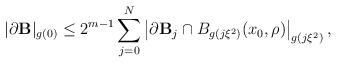
LaTeX: \begin{align*} |\partial \mathbf{B}|_{g(0)} \leq 2^{m-1} \sum_{j=0}^{N} \left| \partial \mathbf{B}_j \cap B_{g(j\xi^2)}(x_0, \rho) \right|_{g(j\xi^2)}, \end{align*}